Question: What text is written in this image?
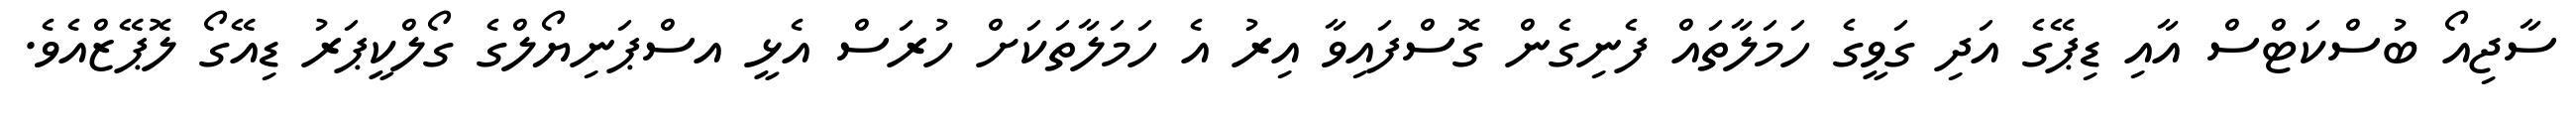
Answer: ސާޖިއޯ ބުސްކަޓްސް އާއި ޑިޕޭގެ އަދި ގަވީގެ ހަމަލާތައް ފެނިގެން ގޮސްފައިވާ އިރު އެ ހަމަލާތަކަށް ހުރަސް އެޅީ އސްޕަނިޔޯލްގެ ގޯލްކީޕަރު ޑިއޭގޯ ލޮޕޭޒްއެވެ.